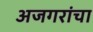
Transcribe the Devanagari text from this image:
अजगरांचा